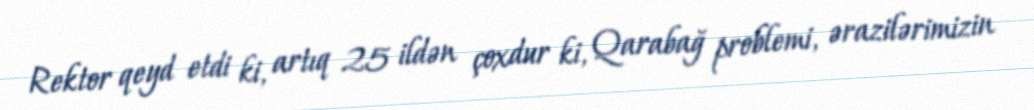
Rektor qeyd etdi ki, artıq 25 ildən çoxdur ki, Qarabağ problemi, ərazilərimizin